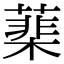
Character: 䕁